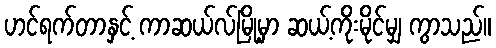
ဟင်ရက်တာနှင့် ကာဆယ်လ်မြို့မှာ ဆယ့်ကိုးမိုင်မျှ ကွာသည်။